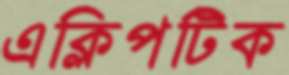
এক্লিপটিক